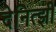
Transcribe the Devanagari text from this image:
देनित्झी